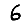
Digit: 6